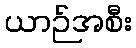
ယာဉ်အစီး